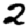
Digit: 2